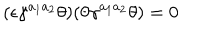
LaTeX: ( \epsilon \gamma ^ { a _ { 1 } a _ { 2 } } \theta ) ( \theta \gamma ^ { a _ { 1 } a _ { 2 } } \theta ) = 0